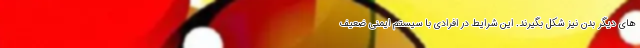
های دیگر بدن نیز شکل بگیرند. این شرایط در افرادی با سیستم ایمنی ضعیف